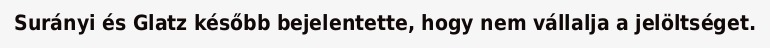
Surányi és Glatz később bejelentette, hogy nem vállalja a jelöltséget.